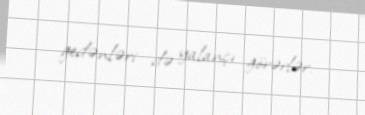
gedənləri də yalançı görərlər.